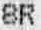
SR